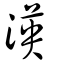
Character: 渶